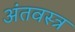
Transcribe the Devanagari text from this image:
अंतवस्त्र